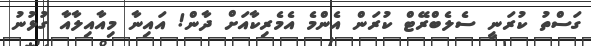
ގަސްތު ކުރަނީ ސެލެބްރޭޓް ކުރަން އެންމެ އެމެރިކާއަށް ދާން! އައިނާ މިއާއިލާއާ ގުޅުނު